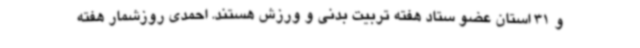
و 31 استان عضو ستاد هفته تربیت بدنی و ورزش هستند. احمدی روزشمار هفته